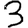
Digit: 3